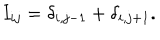
LaTeX: I _ { i j } = \delta _ { i , j - 1 } + \delta _ { i , j + 1 } .